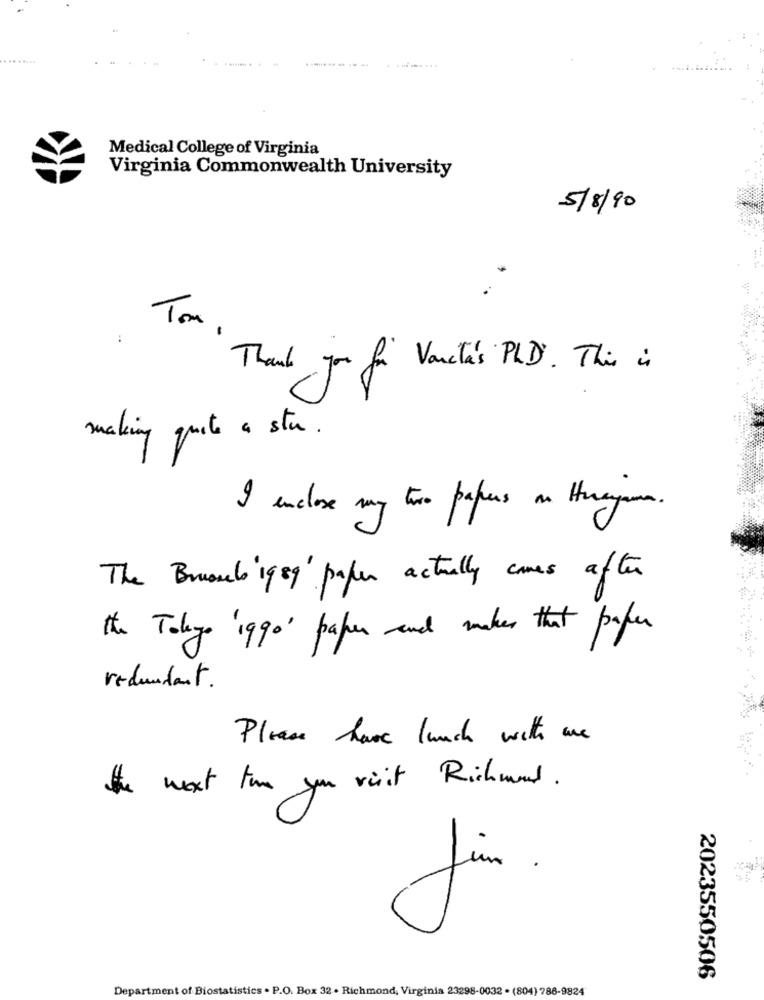
---------
Medical College of Virginia
Virginia Commonwealth University
5/8/90
:
Tox.
Thank you for Vaneta's PLD . This is
making quote a stu.
I enclose my two papers on Herayama.
The Brussel iggy' paper actually comes after
the Tokyo 'ggo' paper and makes that paper
redundant.
Please have lunch with me
the next time you visit Richmond .
fun
2023550506
Department of Biostatistics . P.O. Box 32 . Richmond, Virginia 23298-0032 . (804) 786-9824